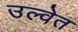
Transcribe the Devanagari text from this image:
उल्वेत